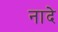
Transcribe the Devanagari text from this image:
नादे